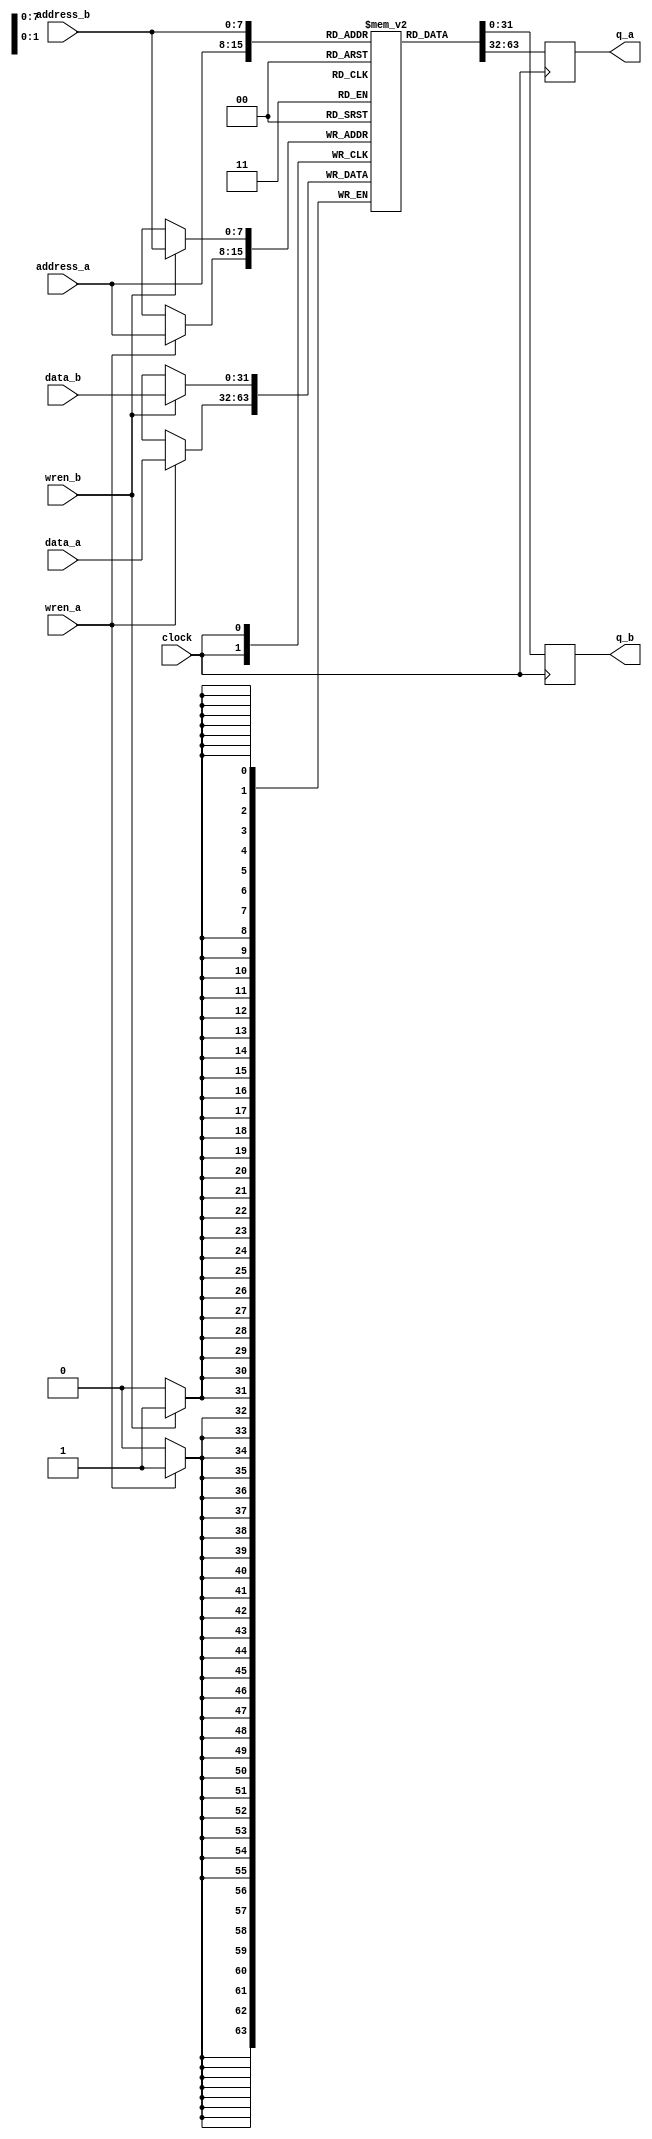
// dpram_inf_256x32.v
// 2015, rok.krajnc@gmail.com
// inferrable dual-port memory

module dpram_inf_256x32 (
  input  wire           clock,
  input  wire           wren_a,
  input  wire [  8-1:0] address_a,
  input  wire [ 32-1:0] data_a,
  output reg  [ 32-1:0] q_a,
  input  wire           wren_b,
  input  wire [  8-1:0] address_b,
  input  wire [ 32-1:0] data_b,
  output reg  [ 32-1:0] q_b
);

// memory
reg [32-1:0] mem [0:256-1];

// port a
always @ (posedge clock) begin
  if (wren_a) mem[address_a] <= #1 data_a;
  q_a <= #1 mem[address_a];
end

// port b
always @ (posedge clock) begin
  if (wren_b) mem[address_b] <= #1 data_b;
  q_b <= #1 mem[address_b];
end

endmodule